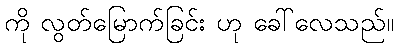
ကို လွတ်မြောက်ခြင်း ဟု ခေါ်လေသည်။